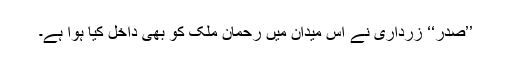
’’صدر‘‘ زرداری نے اس میدان میں رحمان ملک کو بھی داخل کیا ہوا ہے۔